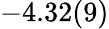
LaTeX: -4.32(9)